Document type: Sale
Year: 1440
Scribe: Pere Pau Pujades
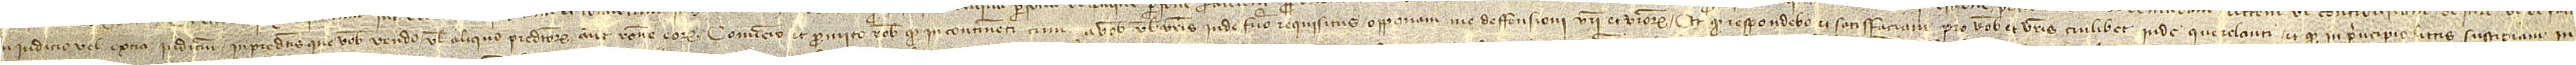
in iudicio vel extra iudicium, in predictis que vobis vendo vel aliquo predictorum aut ratione eorum, convenio et promitto vobis quod incontinenti cum a vobis vel vestris inde fuero requisitus opponam me deffensioni vestri et vestrorum; et quod respondebo et satisfaciam pro vobis et vestris cuilibet inde querelanti; et quod in principio littis suscipiam in